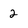
Character: 2